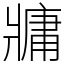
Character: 牅